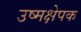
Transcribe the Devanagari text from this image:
उष्मक्षेपक